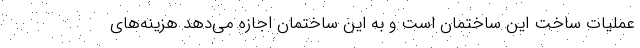
عملیات ساخت این ساختمان است و به این ساختمان اجازه می‌دهد هزینه‌های